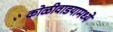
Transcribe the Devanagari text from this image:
कोळीवाडयामध्ये